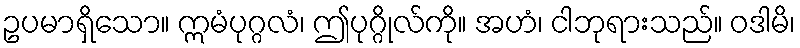
ဥပမာရှိသော။ ဣမံပုဂ္ဂလံ၊ ဤပုဂ္ဂိုလ်ကို။ အဟံ၊ ငါဘုရားသည်။ ဝဒါမိ၊